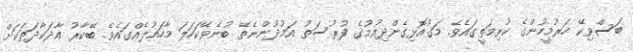
ބަސްވިކޭ ހަރުމީހުންގެ ކުރިމަތީގައެވެ. މަގުއޮޅިގެންދިއުމުގެ ފުރުސަތު އަމުދުންނެތޭ ބުނެވޭކަހަލަ މާހައުލެއްގައެވެ. ބޭކާރު އާދަކާދަތަކަށް